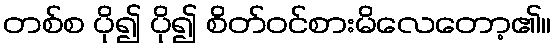
တစ်စ ပို၍ ပို၍ စိတ်ဝင်စားမိလေတော့၏။